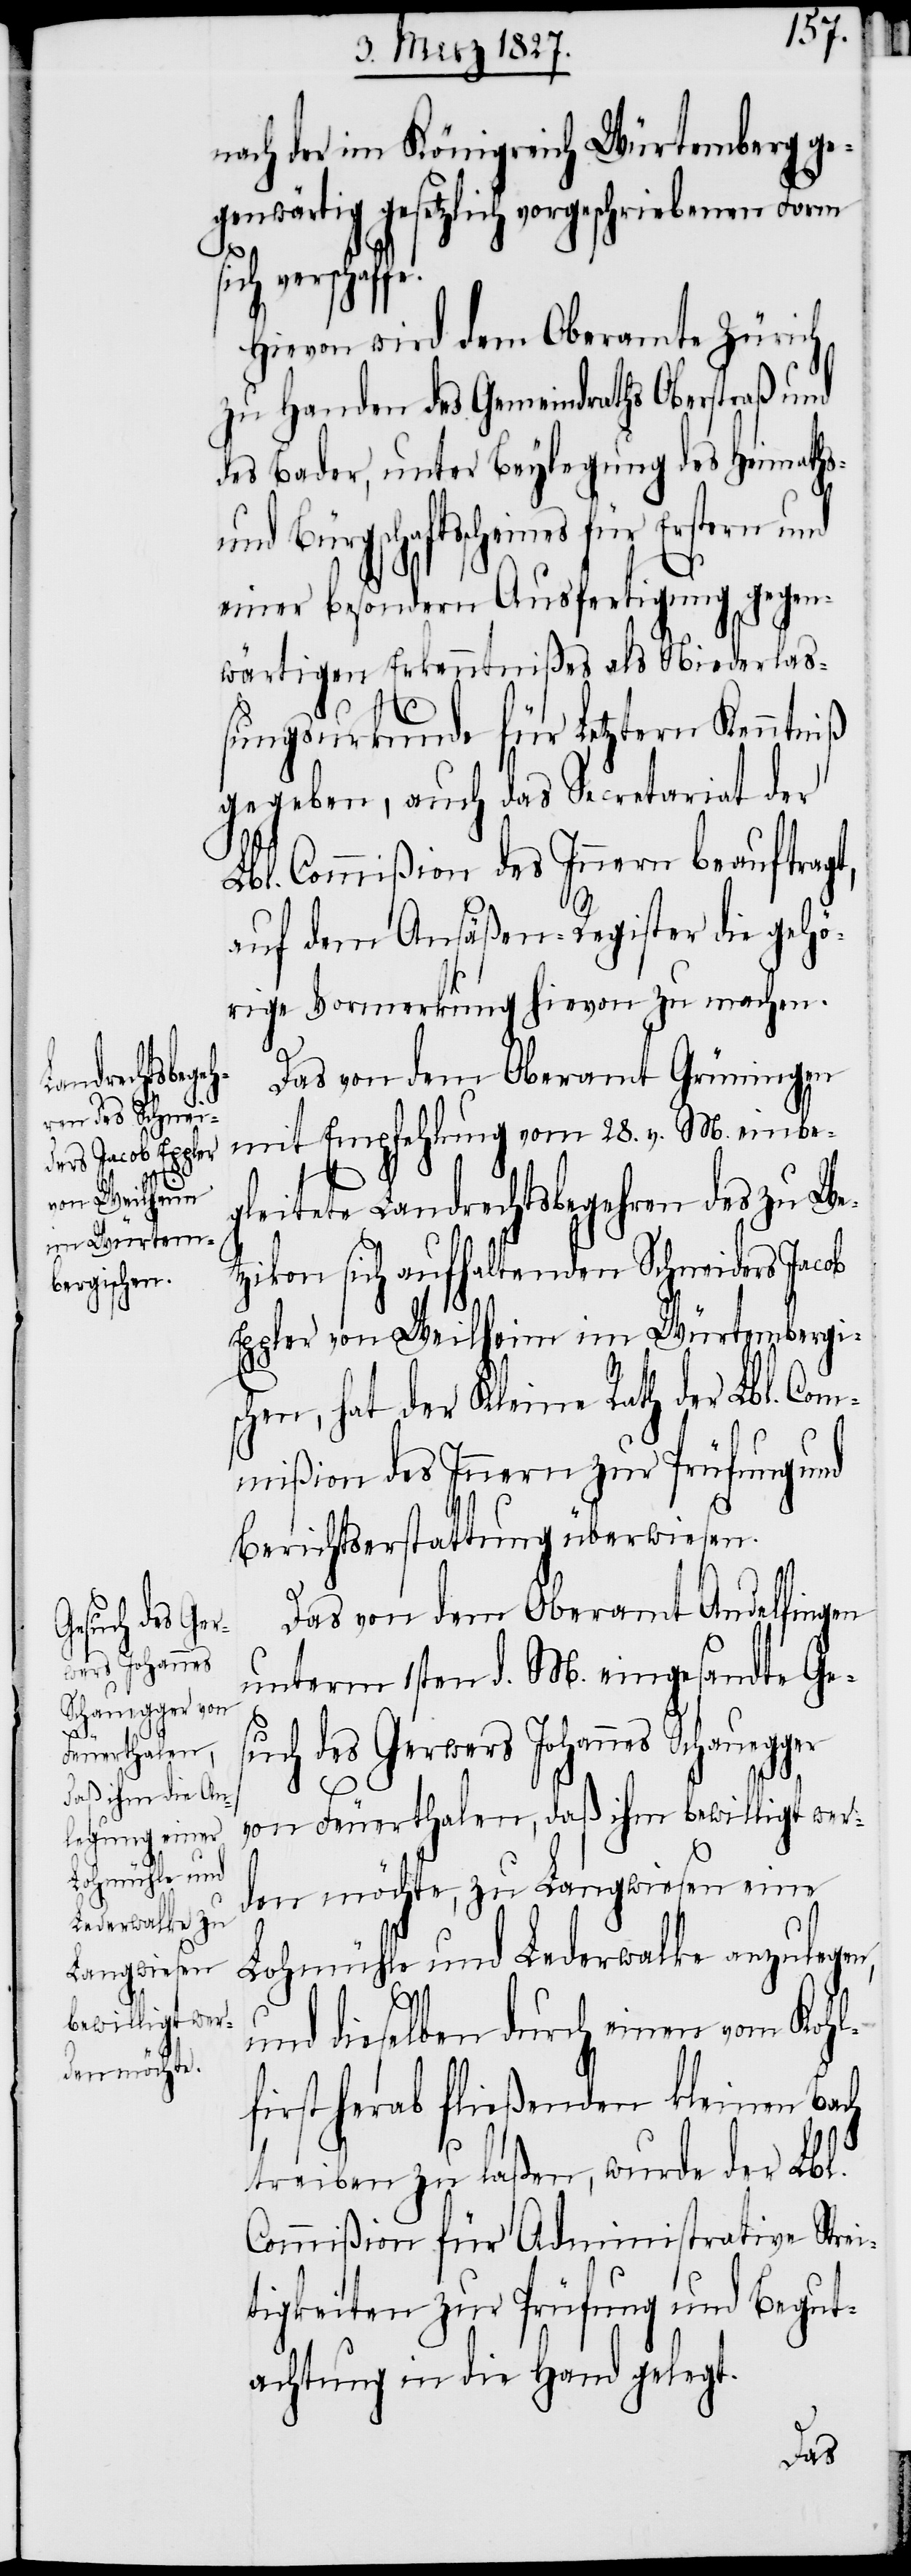
nach der im Königreich Würtemberg ge¬
genwärtig gesetzlich vorgeschriebenen Form
sich verschaf¬
Hievon wird dem Oberamte Zürich
zu Handen des Gemeindraths Oberstraß und
des Bader, unter Beylegung des Heimaths-
und Bürgschaftsscheines für
einer besondern Ausfertigung gegen¬
wärtigen Erkenntnißes als Niederlaß¬
ungsurkunde für Letzern Kenntniß
gegeben, auch das Secretariat der
Lbl. Commißion des Innern beauftragt,
auf dem Ansäßen-Register die gehö¬
rige Vormerkung hievon zu machen.
Das von dem Oberamt Grüningen
mit Empfehlung vom 28. v. M. einbe¬
gleitete Landrechtsbegehren des zu We¬
tzikon sich aufhaltenden Schneiders Jacob
Eppler von Weilheim im Würtembergis¬
chen, hat der Kleine Rath der Lbl. Com¬
mißion des Innern zur Prüfung und
Berichtserstattung überwiesen.
Das von dem Oberamt Andelfingen
unterm 1sten d. M. eingesandte Ges¬
uch des Gerwers Johannes Schauegger
von Feuerthalen, daß ihm bewilligt wer¬
den möchte, zu Langwiesen eine
Lohmühle und Lederwalke anzulegen,
fe.
und dieselben durch einen vom Kohl¬
first herab fließenden kleinen Bach
treiben zu laßen, wurde der Lbl.
Commißion für Administrative Strei¬
tigkeiten zur Prüfung und Begut¬
achtung in die Hand gelegt.